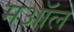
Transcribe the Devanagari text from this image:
मऑल